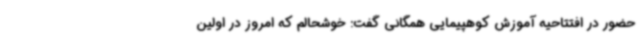
حضور در افتتاحیه آموزش کوهپیمایی همگانی گفت: خوشحالم که امروز در اولین